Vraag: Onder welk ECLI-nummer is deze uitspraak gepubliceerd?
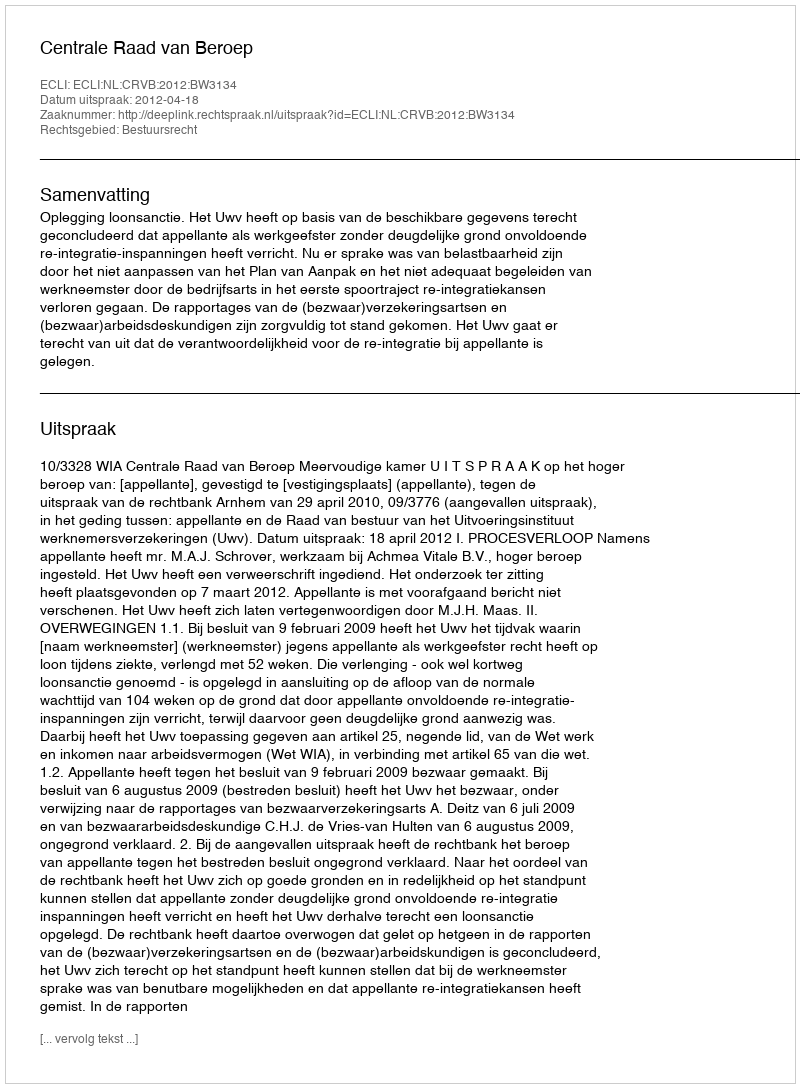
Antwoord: ECLI:NL:CRVB:2012:BW3134